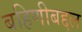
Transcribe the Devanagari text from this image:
बहिणीबद्दल